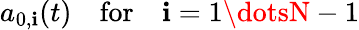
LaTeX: a_{0,\mathbf{i}}(t)\quad\mathrm{{for}}\quad\mathbf{i}=1\dotsN-1